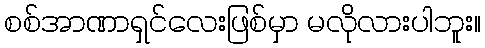
စစ်အာဏာရှင်လေးဖြစ်မှာ မလိုလားပါဘူး။